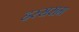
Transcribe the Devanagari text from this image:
हस्सराम